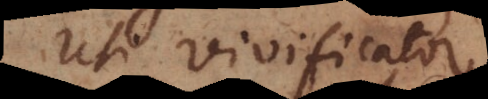
uti vivificator